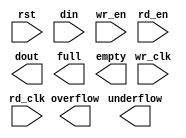
module fifo_generator_v5_3(
	rst,
	wr_clk,
	rd_clk,
	din,
	wr_en,
	rd_en,
	dout,
	full,
	overflow,
	empty,
	underflow);


input rst;
input wr_clk;
input rd_clk;
input [24 : 0] din;
input wr_en;
input rd_en;
output [24 : 0] dout;
output full;
output overflow;
output empty;
output underflow;

// synthesis translate_off

      FIFO_GENERATOR_V5_3 #(
		.C_COMMON_CLOCK(0),
		.C_COUNT_TYPE(0),
		.C_DATA_COUNT_WIDTH(4),
		.C_DEFAULT_VALUE("BlankString"),
		.C_DIN_WIDTH(25),
		.C_DOUT_RST_VAL("0"),
		.C_DOUT_WIDTH(25),
		.C_ENABLE_RLOCS(0),
		.C_ENABLE_RST_SYNC(1),
		.C_ERROR_INJECTION_TYPE(0),
		.C_FAMILY("virtex5"),
		.C_FULL_FLAGS_RST_VAL(1),
		.C_HAS_ALMOST_EMPTY(0),
		.C_HAS_ALMOST_FULL(0),
		.C_HAS_BACKUP(0),
		.C_HAS_DATA_COUNT(0),
		.C_HAS_INT_CLK(0),
		.C_HAS_MEMINIT_FILE(0),
		.C_HAS_OVERFLOW(1),
		.C_HAS_RD_DATA_COUNT(0),
		.C_HAS_RD_RST(0),
		.C_HAS_RST(1),
		.C_HAS_SRST(0),
		.C_HAS_UNDERFLOW(1),
		.C_HAS_VALID(0),
		.C_HAS_WR_ACK(0),
		.C_HAS_WR_DATA_COUNT(0),
		.C_HAS_WR_RST(0),
		.C_IMPLEMENTATION_TYPE(2),
		.C_INIT_WR_PNTR_VAL(0),
		.C_MEMORY_TYPE(2),
		.C_MIF_FILE_NAME("BlankString"),
		.C_MSGON_VAL(0),
		.C_OPTIMIZATION_MODE(0),
		.C_OVERFLOW_LOW(0),
		.C_PRELOAD_LATENCY(1),
		.C_PRELOAD_REGS(0),
		.C_PRIM_FIFO_TYPE("512x36"),
		.C_PROG_EMPTY_THRESH_ASSERT_VAL(2),
		.C_PROG_EMPTY_THRESH_NEGATE_VAL(3),
		.C_PROG_EMPTY_TYPE(0),
		.C_PROG_FULL_THRESH_ASSERT_VAL(13),
		.C_PROG_FULL_THRESH_NEGATE_VAL(12),
		.C_PROG_FULL_TYPE(0),
		.C_RD_DATA_COUNT_WIDTH(4),
		.C_RD_DEPTH(16),
		.C_RD_FREQ(1),
		.C_RD_PNTR_WIDTH(4),
		.C_UNDERFLOW_LOW(0),
		.C_USE_DOUT_RST(1),
		.C_USE_ECC(0),
		.C_USE_EMBEDDED_REG(0),
		.C_USE_FIFO16_FLAGS(0),
		.C_USE_FWFT_DATA_COUNT(0),
		.C_VALID_LOW(0),
		.C_WR_ACK_LOW(0),
		.C_WR_DATA_COUNT_WIDTH(4),
		.C_WR_DEPTH(16),
		.C_WR_FREQ(1),
		.C_WR_PNTR_WIDTH(4),
		.C_WR_RESPONSE_LATENCY(1))
	inst (
		.RST(rst),
		.WR_CLK(wr_clk),
		.RD_CLK(rd_clk),
		.DIN(din),
		.WR_EN(wr_en),
		.RD_EN(rd_en),
		.DOUT(dout),
		.FULL(full),
		.OVERFLOW(overflow),
		.EMPTY(empty),
		.UNDERFLOW(underflow),
		.BACKUP(),
		.BACKUP_MARKER(),
		.CLK(),
		.SRST(),
		.WR_RST(),
		.RD_RST(),
		.PROG_EMPTY_THRESH(),
		.PROG_EMPTY_THRESH_ASSERT(),
		.PROG_EMPTY_THRESH_NEGATE(),
		.PROG_FULL_THRESH(),
		.PROG_FULL_THRESH_ASSERT(),
		.PROG_FULL_THRESH_NEGATE(),
		.INT_CLK(),
		.INJECTDBITERR(),
		.INJECTSBITERR(),
		.ALMOST_FULL(),
		.WR_ACK(),
		.ALMOST_EMPTY(),
		.VALID(),
		.DATA_COUNT(),
		.RD_DATA_COUNT(),
		.WR_DATA_COUNT(),
		.PROG_FULL(),
		.PROG_EMPTY(),
		.SBITERR(),
		.DBITERR());


// synthesis translate_on

endmodule